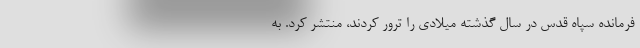
فرمانده سپاه قدس در سال گذشته میلادی را ترور کردند، منتشر کرد. به